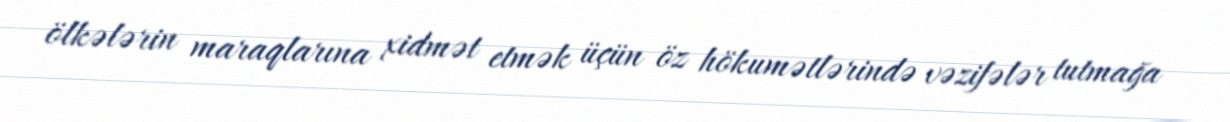
ölkələrin maraqlarına xidmət etmək üçün öz hökumətlərində vəzifələr tutmağa